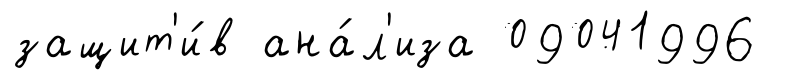
защит'и́в ана́л'иза 09041996